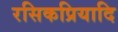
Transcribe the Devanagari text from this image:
रसिकप्रियादि